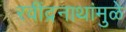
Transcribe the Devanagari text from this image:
रवींद्रनाथांमुळे